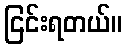
ငြင်းရတယ်။